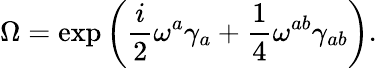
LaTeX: \Omega=\exp\left(\frac{i}{2}\omega^{a}\gamma_{a}+\frac{1}{4}\omega^{ab}\gamma_{ab}\right).